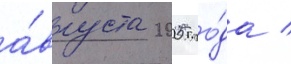
а́вгуста 2005 го́да /